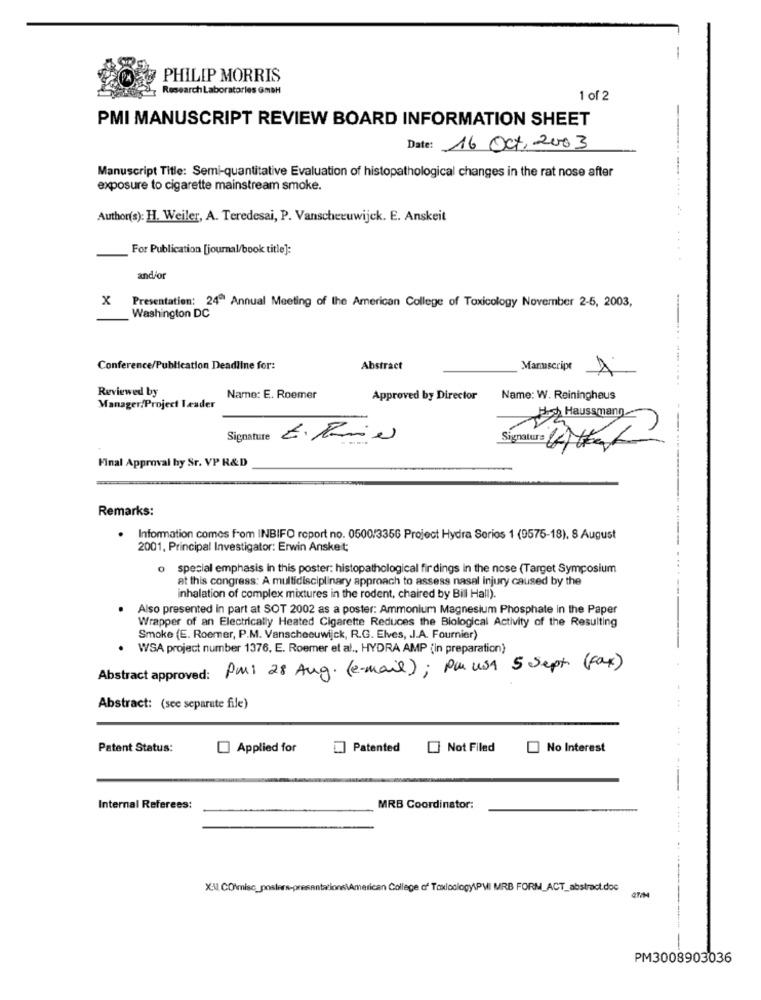
-
PHILIP MORRIS
Research Laboratories GMBH
1 of 2
PMI MANUSCRIPT REVIEW BOARD INFORMATION SHEET
Date: 16 Oct, 2003
Manuscript Title: Semi-quantitative Evaluation of histopathological changes in the rat nose after
exposure to cigarette mainstream smoke.
Author(s): H. Weiler, A. Teredesai, P. Vanscheruwijck. E. Anskeit
For Publication [journal/book title]:
and/or
x
Presentation: 24" Annual Meeting of the American College of Toxicology November 2-5, 2003,
Washington DC
Conference/Publication Deadline for:
Abstract
Manuscript
Reviewed by
Name: E. Roemer
Approved by Director
Name: W. Reiningheus
Manager/Project Læsder
Haussmann
Signature E. Panie
Signature CHEat
Final Approval hy Sr. VP R&D
Remarks:
· Information comes from INBIFO report no. 0500/3356 Project Hydra Serios 1 (9575-18), 8 August
2001, Principal Investigator: Erwin Anskeit;
o special emphasis in this poster: histopathological fir dings in the nose (Target Symposium
at this congress: A multidisciplinary approach to assess nasal injury caused by the
inhalation of complex mixtures in the rodent, chaired by Bill Hall).
Also presented in part at SOT 2002 as a poster: Ammonium Magnesium Phosphate in the Paper
Wrapper of an Electrically Heated Cigarette Reduces the Biological Activity of the Resulting
Smoke (E. Roemer, P.M. Vanscheeuwijck, R.G. Elves, . J.A. Fournier)
· WSA project number 1376, E. Roemer et al ., HYDRA AMP (in preparation)
Abstract approved: Pmi 28 Aug. (e-mail); Pa usa 5 Sept (fax)
Abstract: (see separate file)
Patent Status:
Applied for
] Patented
Not Filed
No Interest
Internal Referees:
MRB Coordinator:
XVI CONmisc_posters-presentations\American College of ToxicologyPM MRB FORM_ACT_abstract.doc
2TIM
PM3008903036